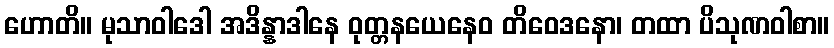
ဟောတိ။ မုသာဝါဒေါ အဒိန္နာဒါနေ ဝုတ္တနယေနေဝ တိဝေဒနော၊ တထာ ပိသုဏဝါစာ။